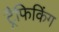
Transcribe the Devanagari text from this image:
ट्रैफिकिंग